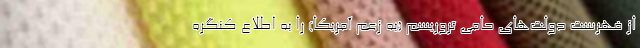
از فهرست دولت‌های حامی تروریسم (به زعم آمریکا) را به اطلاع کنگره